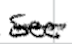
Text: See
Cross-out: mix
Writing tool: digital_black